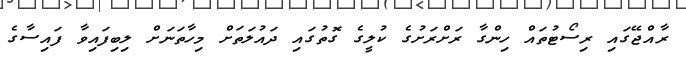
ރާއްޖޭގައި ރިސޯޓުތައް ހިންގާ ރަށްރަށުގެ ކުލީގެ ގޮތުގައި ދައުލަތަށް މިހާތަނަށް ލިބިފައިވާ ފައިސާގެ